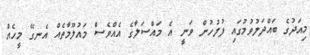
މިއަދުގެ ބައްދަލުވުމުގައި ފުލުހުން ވަނީ އެ މައްސަލާގެ އެއްވެސް މައުލޫމާތެއް އެނގޭ މީހެއް